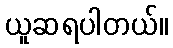
ယူဆရပါတယ်။